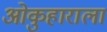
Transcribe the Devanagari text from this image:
ओकुहाराला